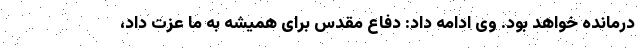
درمانده خواهد بود. وی ادامه داد: دفاع مقدس برای همیشه به ما عزت داد،